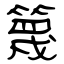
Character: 篾